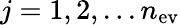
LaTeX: j=1,2,...n_{\mathrm{ev}}